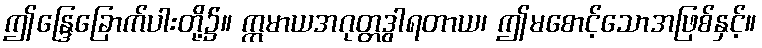
ဤန္ဒြေခြောက်ပါးတို့၌။ ဣမာယအဂုတ္တဒွါရတာယ၊ ဤမစောင့်သောအဖြစ်နှင့်။